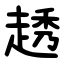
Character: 䞬